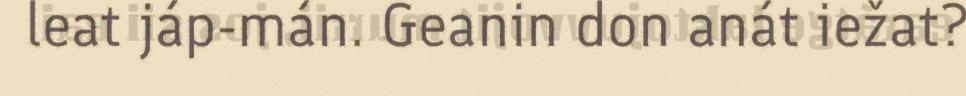
leat jáp-mán. Geanin don anát iežat?